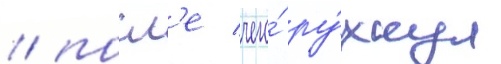
/ посл'е чего́ ру́хнул